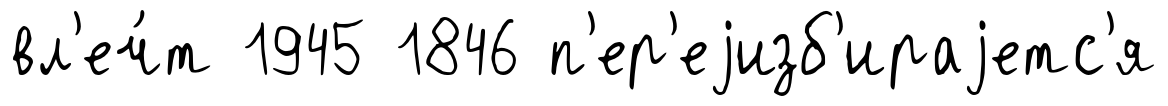
вл'еч́т 1945 1846 п'ер'еjизб'ираjетс'я